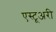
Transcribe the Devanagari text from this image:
एस्टूअरी